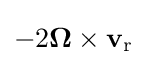
-2{\boldsymbol {\Omega }}\times \mathbf {v} _{\mathrm {r} }